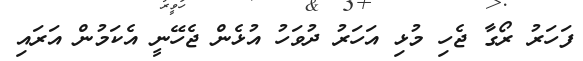
ފަހަރު ރޯގާ ޖެހި މުޅި އަހަރު ދުވަހު އުޅެން ޖެހޭނީ އެކަމުން އަރައި